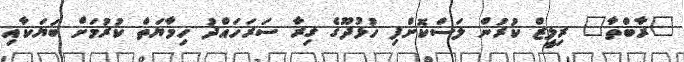
"ރާބްތާ" ރިލީޒް ކުރުން ލަސްކޮށްފި ހުޅުދޫގެ ގިރާ ސަރަހައްދު ހިމާޔަތް ކުރުމަށް ބަޔަކާއި